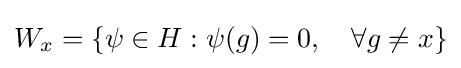
W_{x}=\{\psi \in H:\psi (g)=0,\quad \forall g\neq x\}